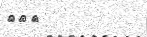
١٠٤